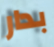
بدار